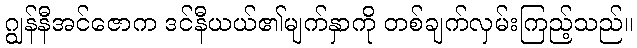
ဂျွန်နီအင်ဇောက ဒင်နီယယ်၏မျက်နှာကို တစ်ချက်လှမ်းကြည့်သည်။